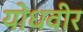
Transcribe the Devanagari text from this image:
योधवीर